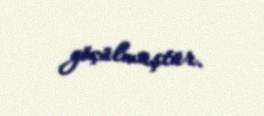
göçülmüştür.